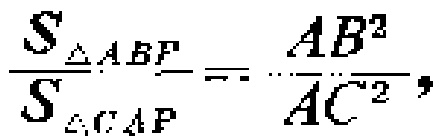
\(\frac{S_{\triangle ABF}}{S_{\triangle CAP}}=\frac{AB^{2}}{AC^{2}},\)